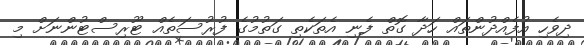
ދިވެހި އުފެއްދުންތައް ހަދާ ގޮތް ފެނި އެތަކެތި ގަތުމުގެ ފުރުސަތެއް ޓޫރިސްޓުންނަށް މި